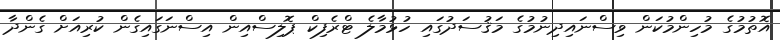
އޮތުމުގެ މުހިންމުކަން ވިސްނައިދިނުމުގެ މަޤުސަދުގައި ހުޅުމާލެ ޓްރެފިކް ޕޮލިސްއިން އިސްނަގައިގެން ކުރިއަށް ގެންދާ